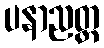
ပနာညတ္ထ